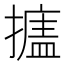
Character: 𰔩